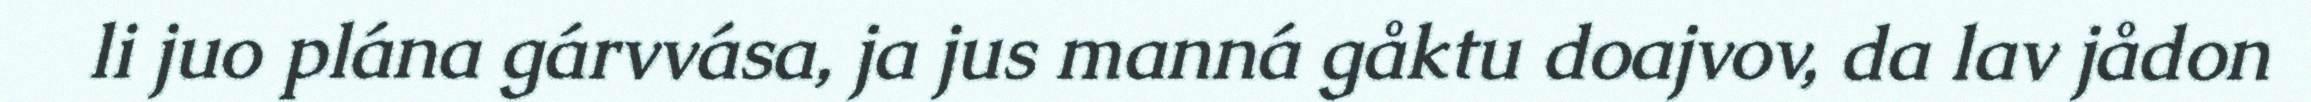
li juo plána gárvvása, ja jus manná gåktu doajvov, da lav jådon